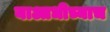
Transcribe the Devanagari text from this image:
याआधीच्याच